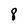
Character: 8